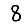
Digit: 8